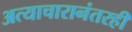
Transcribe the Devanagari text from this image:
अत्याचारानंतरही